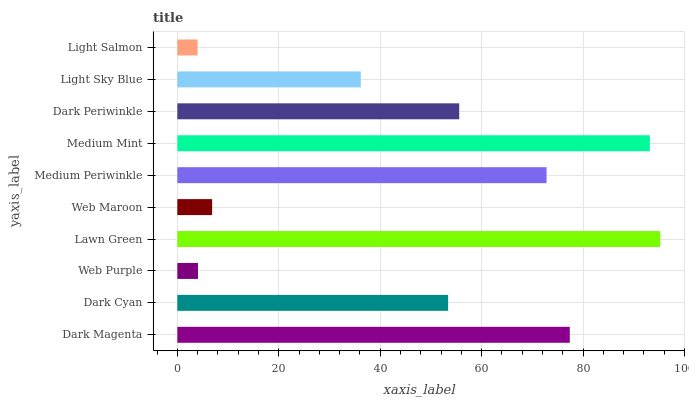
| yaxis_label | bars |
 | --- | --- |
 | Dark Magenta | 77.4 |
 | Dark Cyan | 53.4 |
 | Web Purple | 4.08 |
 | Lawn Green | 95.3 |
 | Web Maroon | 6.87 |
 | Medium Periwinkle | 72.8 |
 | Medium Mint | 93.2 |
 | Dark Periwinkle | 55.6 |
 | Light Sky Blue | 36.2 |
 | Light Salmon | 4.01 |